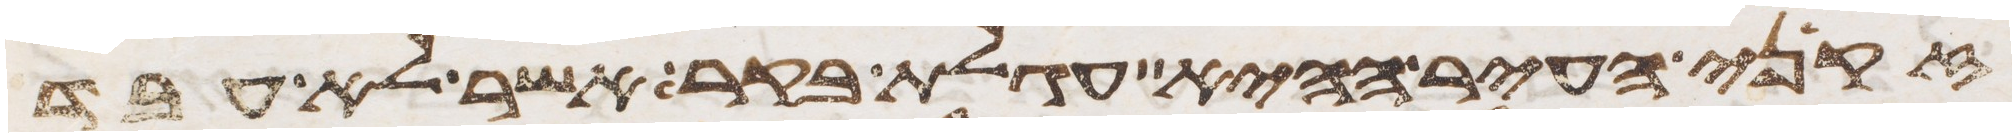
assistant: זקני העיר ההיא עגלת בקר אשר לא עבד